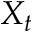
X _ { t }